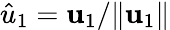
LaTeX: \hat{u}_{1}=\mathbf{u}_{1}/\lVert\mathbf{u}_{1}\rVert